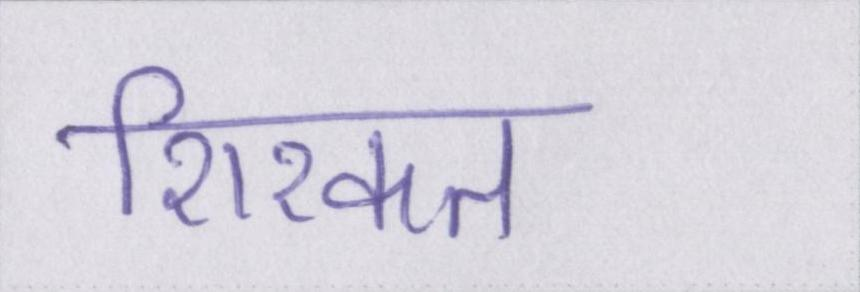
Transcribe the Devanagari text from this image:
शिरकत